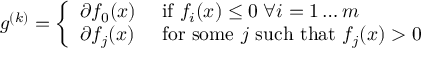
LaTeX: g ^ { ( k ) } = { \left\{ \begin{array} { l l } { \partial f _ { 0 } ( x ) } & { { \mathrm { ~ i f ~ } } f _ { i } ( x ) \leq 0 \; \forall i = 1 \dots m } \\ { \partial f _ { j } ( x ) } & { { \mathrm { ~ f o r ~ s o m e ~ } } j { \mathrm { ~ s u c h ~ t h a t ~ } } f _ { j } ( x ) > 0 } \end{array} \right. }